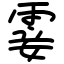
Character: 霎